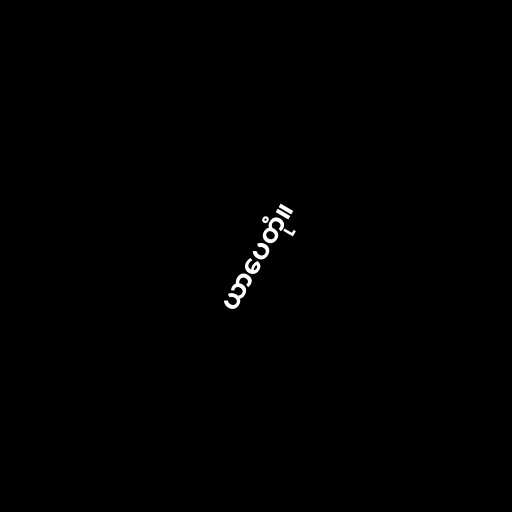
ယာပေတုံ။